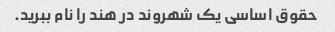
حقوق اساسی یک شهروند در هند را نام ببرید.